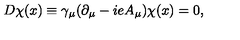
D \chi ( x ) \equiv \gamma _ { \mu } ( \partial _ { \mu } - i e A _ { \mu } ) \chi ( x ) = 0 ,